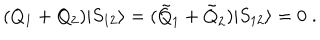
( Q _ { 1 } + Q _ { 2 } ) | S _ { 1 2 } \rangle = ( \tilde { Q } _ { 1 } + \tilde { Q } _ { 2 } ) | S _ { 1 2 } \rangle = 0 \; .